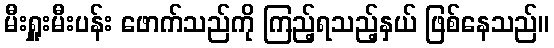
မီးရှူးမီးပန်း ဖောက်သည်ကို ကြည့်ရသည့်နှယ် ဖြစ်နေသည်။